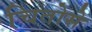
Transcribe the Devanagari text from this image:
चितोसे